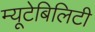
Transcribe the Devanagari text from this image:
म्यूटेबिलिटी